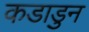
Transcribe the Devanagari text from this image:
कडाडुन